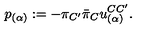
p _ { ( \alpha ) } : = - \pi _ { C ^ { \prime } } { \bar { \pi } } _ { C } u _ { ( \alpha ) } ^ { C { C ^ { \prime } } } .